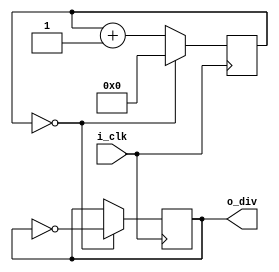
`timescale 1ns / 1ps

module ClockDivider(
    input wire i_clk,
    output wire o_div
    );

localparam p_CYCLES_PER_HALF_CLOCK = 0;

reg[ 7 : 0 ] r_clkDiv = 0;
reg r_oClk = 0;

assign o_div = r_oClk;

always @( posedge i_clk )
begin
    r_clkDiv <= r_clkDiv + 1;

    if ( r_clkDiv == p_CYCLES_PER_HALF_CLOCK )
    begin
        r_clkDiv <= 0;
        r_oClk <= ~r_oClk;
    end
end

endmodule